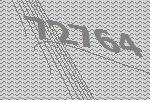
72764